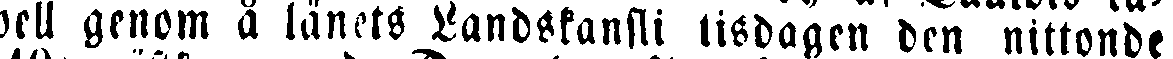
pell genom å länets Landskansli tisdagen den nittonde